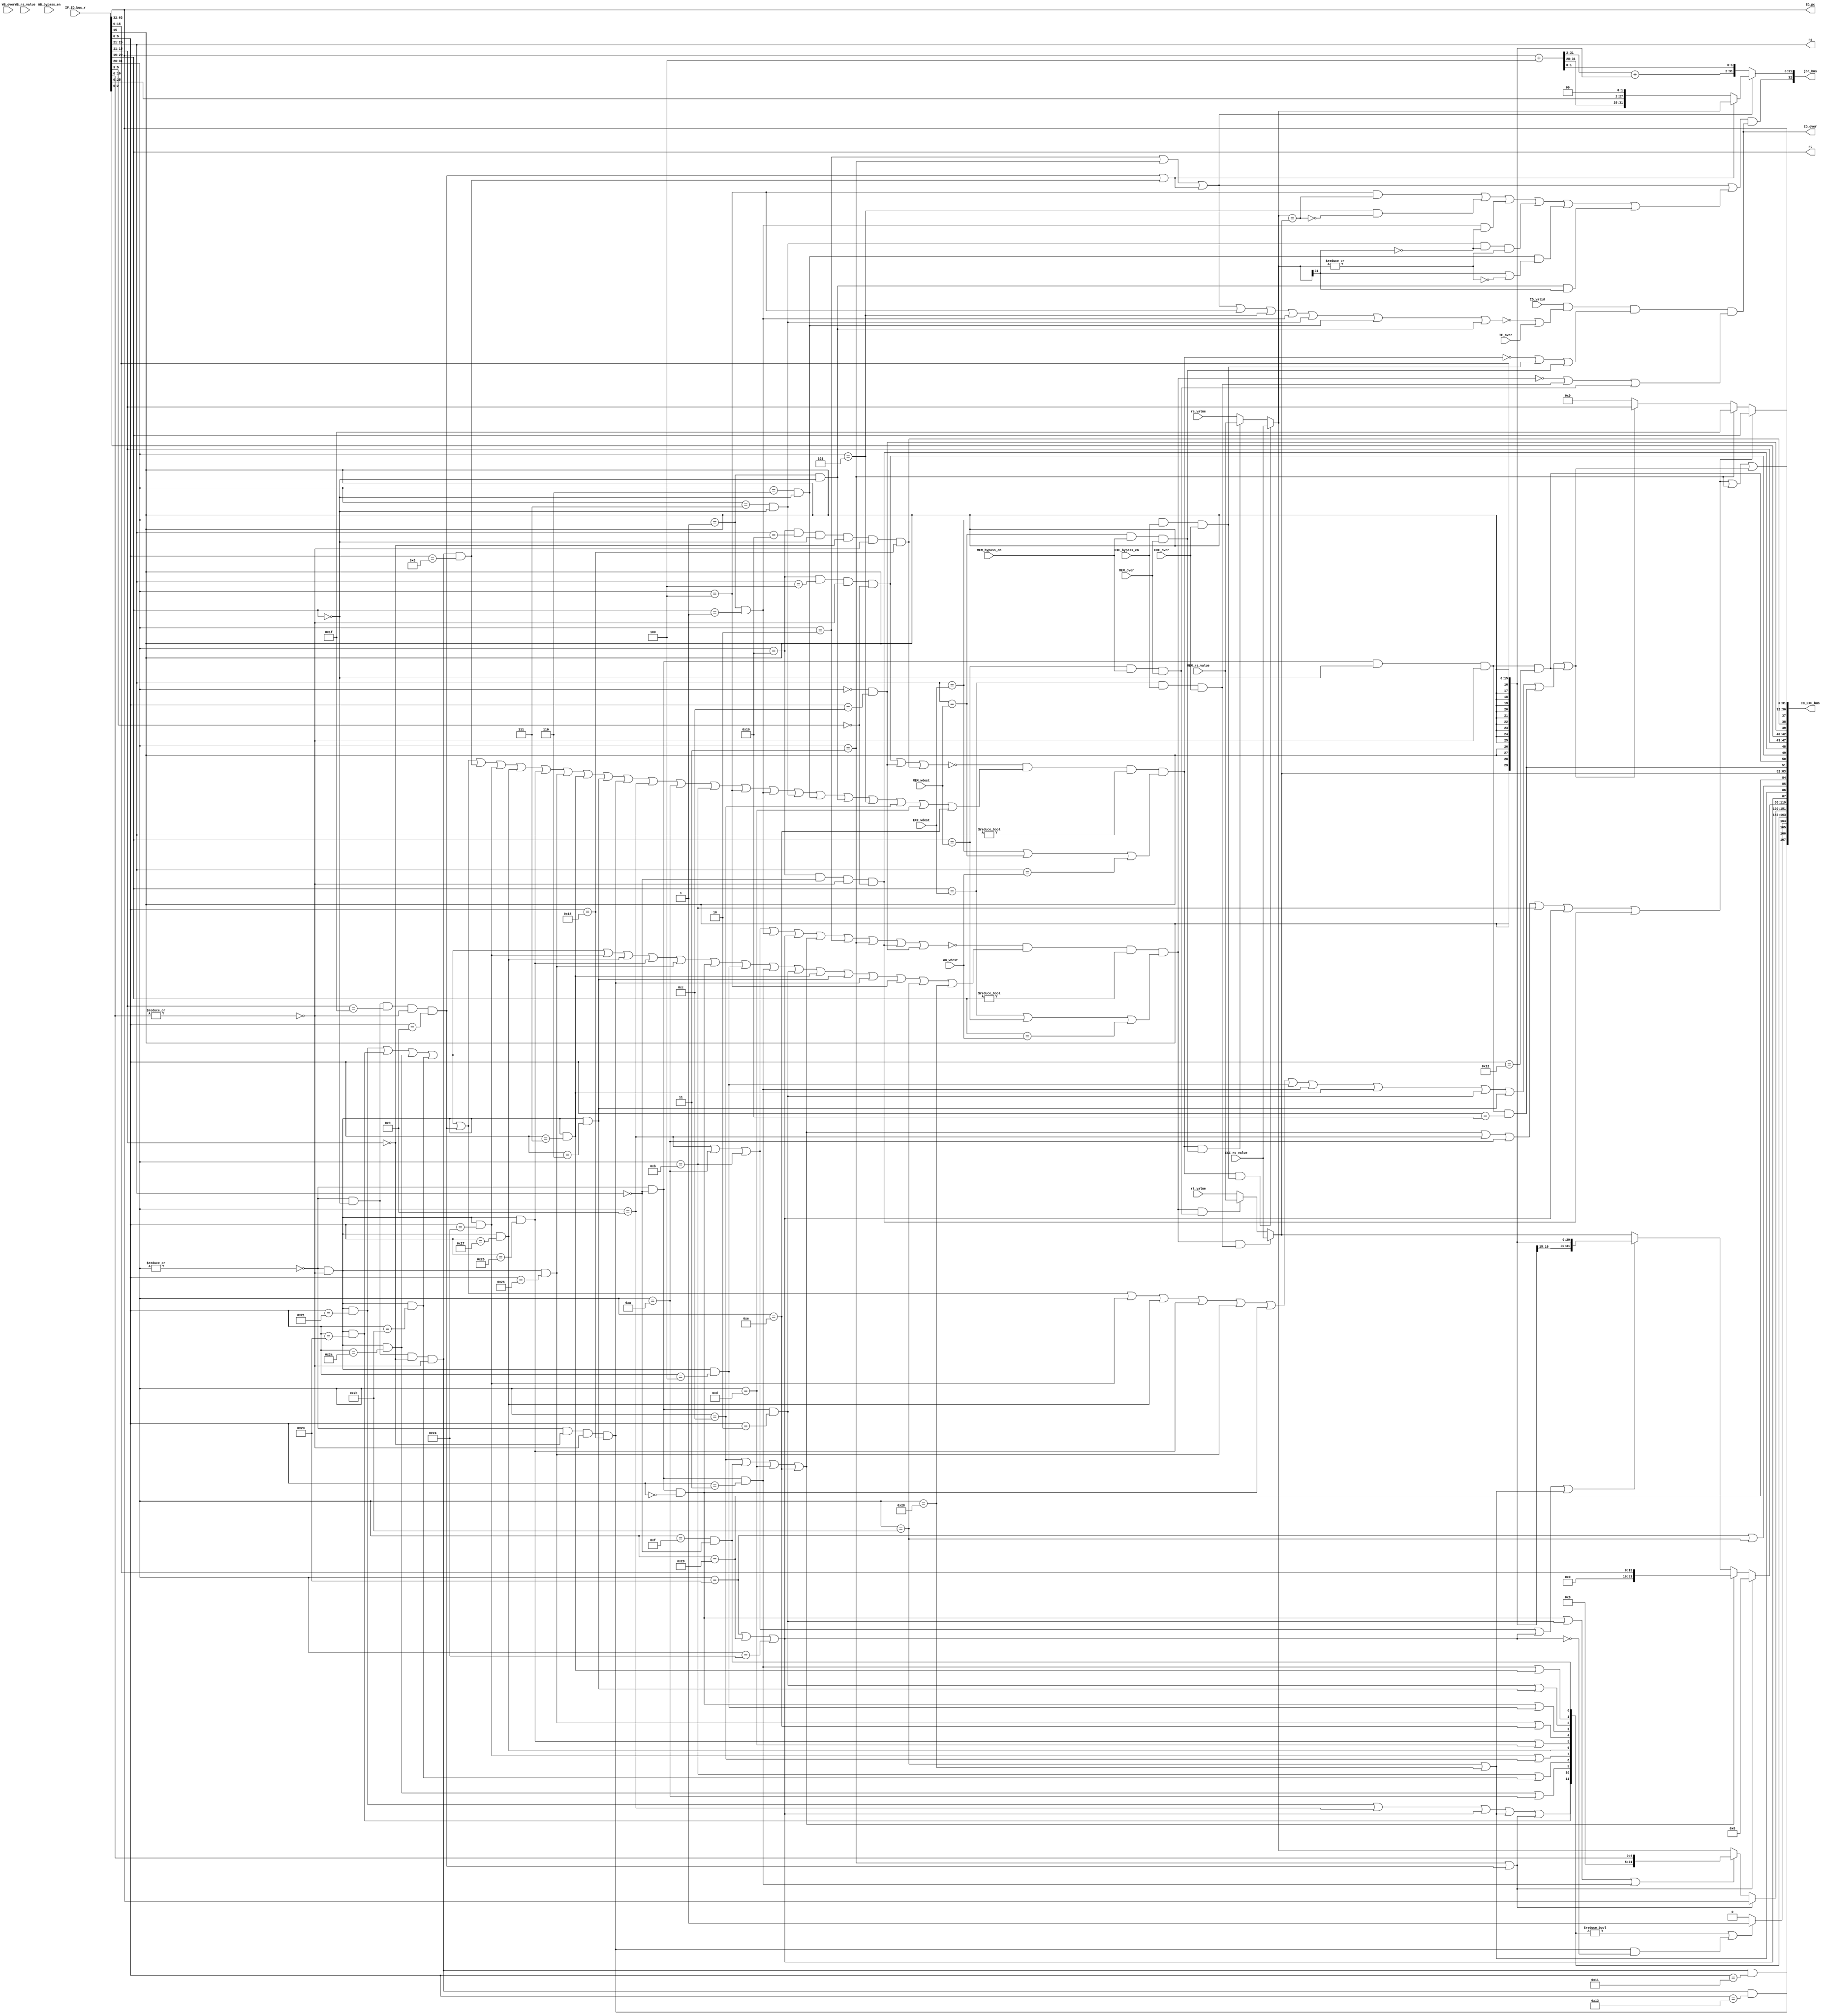
`timescale 1ns / 1ps
//*************************************************************************
//   > : ID.v
//   >   :CPU
//   >   : TernenceCao
//   >   : 2021-06-12
//*************************************************************************
module decode(                      // 
    input              ID_valid,    // 
    input      [ 63:0] IF_ID_bus_r, // IF->ID
    input      [ 31:0] rs_value,    // 
    input      [ 31:0] rt_value,    // 
    output     [  4:0] rs,          //  
    output     [  4:0] rt,          // 
    output     [ 32:0] jbr_bus,     // 
   // output             inst_jbr,    // ,
    output             ID_over,     // ID
    output     [167:0] ID_EXE_bus,  // ID->EXE
    
    //5
     input              IF_over,     //
    input      [  4:0] EXE_wdest,   // EXE
    input      [  4:0] MEM_wdest,   // MEM
    input      [  4:0] WB_wdest,    // WB
    
    //
    input              EXE_over,        //EXE
    input              MEM_over,        //MEM
    input              WB_over,         //WB
    input      [ 31:0] EXE_rs_value,    //EXX
    input      [ 31:0] MEM_rs_value,    //MEM
    input      [ 31:0]  WB_rs_value,    //WB
    input              EXE_bypass_en,   //EXE
    input              MEM_bypass_en,   //MEM
    input               WB_bypass_en,   //WB
    
    //PC
    output     [ 31:0] ID_pc
);
//-----{IF->ID}begin
    wire [31:0] pc;
    wire [31:0] inst;
    assign {pc, inst} = IF_ID_bus_r;  // IF->IDPC
//-----{IF->ID}end

    wire [31:0] new_rs_value;
    wire [31:0] new_rt_value;

//-----{}begin
    wire [5:0] op;       //[31:26]op
    wire [4:0] rd;       //[15:11]R
    wire [4:0] sa;      //[10:6]R
    wire [5:0] funct;    //[5:0]R
    wire [15:0] imm;     //[15:0]I
    wire [15:0] offset;  //[15:0]I
    wire [25:0] target;  //[25:0]J
    wire [2:0] cp0r_sel; //

    assign op     = inst[31:26];  // 
    assign rs     = inst[25:21];  // 1
    assign rt     = inst[20:16];  // 2
    assign rd     = inst[15:11];  // 
    assign sa     = inst[10:6];   // 
    assign funct  = inst[5:0];    // 
    assign imm    = inst[15:0];   // 
    assign offset = inst[15:0];   // 
    assign target = inst[25:0];   // 
    assign cp0r_sel= inst[2:0];   // cp0select

    // 
    wire inst_ADDU, inst_SUBU , inst_SLT , inst_AND;
    wire inst_NOR , inst_OR   , inst_XOR , inst_SLL;
    wire inst_SRL , inst_ADDIU, inst_BEQ , inst_BNE;
    wire inst_LW  , inst_SW   , inst_LUI , inst_J;
    wire inst_SLTU, inst_JALR , inst_JR  , inst_SLLV;
    wire inst_SRA , inst_SRAV , inst_SRLV, inst_SLTIU;
    wire inst_SLTI, inst_BGEZ , inst_BGTZ, inst_BLEZ;
    wire inst_BLTZ, inst_LB   , inst_LBU , inst_SB;
    wire inst_ANDI, inst_ORI  , inst_XORI, inst_JAL;
    wire inst_MULT, inst_MFLO , inst_MFHI, inst_MTLO;
    wire inst_MTHI, inst_MFC0 , inst_MTC0;
    wire inst_ERET, inst_SYSCALL;
    wire op_zero;  // 0
    wire sa_zero;  // sa0
    assign op_zero = ~(|op);
    assign sa_zero = ~(|sa);
    assign inst_ADDU  = op_zero & sa_zero    & (funct == 6'b100001);//
    assign inst_SUBU  = op_zero & sa_zero    & (funct == 6'b100011);//
    assign inst_SLT   = op_zero & sa_zero    & (funct == 6'b101010);//
    assign inst_SLTU  = op_zero & sa_zero    & (funct == 6'b101011);//
    assign inst_JALR  = op_zero & (rt==5'd0) & (rd==5'd31)
                      & sa_zero & (funct == 6'b001001);         //rd == 31
    assign inst_JR    = op_zero & (rt==5'd0) & (rd==5'd0 )
                      & sa_zero & (funct == 6'b001000);             //
    assign inst_AND   = op_zero & sa_zero    & (funct == 6'b100100);//
    assign inst_NOR   = op_zero & sa_zero    & (funct == 6'b100111);//
    assign inst_OR    = op_zero & sa_zero    & (funct == 6'b100101);//
    assign inst_XOR   = op_zero & sa_zero    & (funct == 6'b100110);//
    assign inst_SLL   = op_zero & (rs==5'd0) & (funct == 6'b000000);//
    assign inst_SLLV  = op_zero & sa_zero    & (funct == 6'b000100);//
    assign inst_SRA   = op_zero & (rs==5'd0) & (funct == 6'b000011);//
    assign inst_SRAV  = op_zero & sa_zero    & (funct == 6'b000111);//
    assign inst_SRL   = op_zero & (rs==5'd0) & (funct == 6'b000010);//
    assign inst_SRLV  = op_zero & sa_zero    & (funct == 6'b000110);//
    assign inst_MULT  = op_zero & (rd==5'd0)
                      & sa_zero & (funct == 6'b011000);             //
    assign inst_MFLO  = op_zero & (rs==5'd0) & (rt==5'd0)
                      & sa_zero & (funct == 6'b010010);             //LO
    assign inst_MFHI  = op_zero & (rs==5'd0) & (rt==5'd0)
                      & sa_zero & (funct == 6'b010000);             //HI
    assign inst_MTLO  = op_zero & (rt==5'd0) & (rd==5'd0)
                      & sa_zero & (funct == 6'b010011);             //LO
    assign inst_MTHI  = op_zero & (rt==5'd0) & (rd==5'd0)
                      & sa_zero & (funct == 6'b010001);             //HI
    assign inst_ADDIU = (op == 6'b001001);             //
    assign inst_SLTI  = (op == 6'b001010);             //
    assign inst_SLTIU = (op == 6'b001011);             //
    assign inst_BEQ   = (op == 6'b000100);             //
    assign inst_BGEZ  = (op == 6'b000001) & (rt==5'd1);//0
    assign inst_BGTZ  = (op == 6'b000111) & (rt==5'd0);//0
    assign inst_BLEZ  = (op == 6'b000110) & (rt==5'd0);//0
    assign inst_BLTZ  = (op == 6'b000001) & (rt==5'd0);//0
    assign inst_BNE   = (op == 6'b000101);             //
    assign inst_LW    = (op == 6'b100011);             //
    assign inst_SW    = (op == 6'b101011);             //
    assign inst_LB    = (op == 6'b100000);             //load
    assign inst_LBU   = (op == 6'b100100);             //load
    assign inst_SB    = (op == 6'b101000);             //
    assign inst_ANDI  = (op == 6'b001100);             //
    assign inst_LUI   = (op == 6'b001111) & (rs==5'd0);//
    assign inst_ORI   = (op == 6'b001101);             //
    assign inst_XORI  = (op == 6'b001110);             //
    assign inst_J     = (op == 6'b000010);             //
    assign inst_JAL   = (op == 6'b000011);             //
    assign inst_MFC0    = (op == 6'b010000) & (rs==5'd0) 
                        & sa_zero & (funct[5:3] == 3'b000); // cp0
    assign inst_MTC0    = (op == 6'b010000) & (rs==5'd4)
                        & sa_zero & (funct[5:3] == 3'b000); // cp0
    assign inst_SYSCALL = (op == 6'b000000) & (funct == 6'b001100); // 
    assign inst_ERET    = (op == 6'b010000) & (rs==5'd16) & (rt==5'd0)
                        & (rd==5'd0) & sa_zero & (funct == 6'b011000);//
    
    //
    wire inst_jr;    //
    wire inst_j_link;//
    wire inst_jbr;   //
    assign inst_jr     = inst_JALR | inst_JR;
    assign inst_j_link = inst_JAL | inst_JALR;
    assign inst_jbr = inst_J    | inst_JAL  | inst_jr
                    | inst_BEQ  | inst_BNE  | inst_BGEZ
                    | inst_BGTZ | inst_BLEZ | inst_BLTZ;
        
    //load store
    wire inst_load;
    wire inst_store;
    assign inst_load  = inst_LW | inst_LB | inst_LBU;  // load
    assign inst_store = inst_SW | inst_SB;             // store
    
    //alu
    wire inst_add, inst_sub, inst_slt,inst_sltu;
    wire inst_and, inst_nor, inst_or, inst_xor;
    wire inst_sll, inst_srl, inst_sra,inst_lui;
    assign inst_add = inst_ADDU | inst_ADDIU | inst_load
                    | inst_store | inst_j_link;            // 
    assign inst_sub = inst_SUBU;                           // 
    assign inst_slt = inst_SLT | inst_SLTI;                // 
    assign inst_sltu= inst_SLTIU | inst_SLTU;              // 
    assign inst_and = inst_AND | inst_ANDI;                // 
    assign inst_nor = inst_NOR;                            // 
    assign inst_or  = inst_OR  | inst_ORI;                 // 
    assign inst_xor = inst_XOR | inst_XORI;                // 
    assign inst_sll = inst_SLL | inst_SLLV;                // 
    assign inst_srl = inst_SRL | inst_SRLV;                // 
    assign inst_sra = inst_SRA | inst_SRAV;                // 
    assign inst_lui = inst_LUI;                            // 
    
    //sa
    wire inst_shf_sa;
    assign inst_shf_sa =  inst_SLL | inst_SRL | inst_SRA;
    
    //
    wire inst_imm_zero; //0
    wire inst_imm_sign; //
    assign inst_imm_zero = inst_ANDI  | inst_LUI  | inst_ORI | inst_XORI;
    assign inst_imm_sign = inst_ADDIU | inst_SLTI | inst_SLTIU
                         | inst_load | inst_store;
    
    //
    wire inst_wdest_rt;  // rt
    wire inst_wdest_31;  // 31
    wire inst_wdest_rd;  // rd
    assign inst_wdest_rt = inst_imm_zero | inst_ADDIU | inst_SLTI
                         | inst_SLTIU | inst_load | inst_MFC0;
    assign inst_wdest_31 = inst_JAL;
    assign inst_wdest_rd = inst_ADDU | inst_SUBU | inst_SLT  | inst_SLTU
                         | inst_JALR | inst_AND  | inst_NOR  | inst_OR 
                            | inst_XOR  | inst_SLL  | inst_SLLV | inst_SRA 
                         | inst_SRAV | inst_SRL  | inst_SRLV
                         | inst_MFHI | inst_MFLO;
                         
    //
    wire inst_no_rs;  //rs0rs
    wire inst_no_rt;  //rt0rt
    assign inst_no_rs = inst_MTC0 | inst_SYSCALL | inst_ERET;
    assign inst_no_rt = inst_ADDIU | inst_SLTI | inst_SLTIU
                      | inst_BGEZ  | inst_load | inst_imm_zero
                      | inst_J     | inst_JAL  | inst_MFC0
                      | inst_SYSCALL;
//-----{}end

//{rs, rt}begin
    wire inst_rs_is_rdest;
    wire inst_rt_is_rdest;
    
    assign inst_rs_is_rdest = inst_ADDU | inst_SUBU | inst_SLT | inst_SLTU | inst_JALR | inst_JR 
                              | inst_AND | inst_NOR | inst_OR | inst_XOR | inst_SRAV | inst_SRLV | inst_MULT
                              | inst_ADDIU | inst_SLTI | inst_SLTIU | inst_BEQ | inst_BGEZ | inst_BGTZ | inst_BLEZ
                              | inst_BLTZ | inst_BNE | inst_ANDI | inst_ORI | inst_XORI;
    assign inst_rt_is_rdest = inst_ADDU | inst_SUBU | inst_SLT | inst_SLTU | inst_AND | inst_NOR | inst_OR | inst_XOR
                              | inst_SLL | inst_SLLV | inst_SRA | inst_SRL | inst_SRAV | inst_SRLV | inst_MULT
                              | inst_BEQ | inst_SW | inst_SB;

//{rs, rt}end


//-----{}begin
   //bd_pc,PCPC+4
    wire [31:0] bd_pc;   //PC
    assign bd_pc = pc + 3'b100;
    
    //
    wire        j_taken;
    wire [31:0] j_target;
    assign j_taken = inst_J | inst_JAL | inst_jr;
    //rs_value,{bd_pc[31:28],target,2'b00}
    assign j_target = inst_jr ? new_rs_value : {bd_pc[31:28],target,2'b00};

    //branch
    wire rs_equql_rt;
    wire rs_ez;
    wire rs_ltz;
    assign rs_equql_rt = (new_rs_value == new_rt_value);  // GPR[rs]==GPR[rt]
    assign rs_ez       = ~(|new_rs_value);            // rs0
    assign rs_ltz      = new_rs_value[31];            // rs0
    wire br_taken;
    wire [31:0] br_target;
    assign br_taken = inst_BEQ  & rs_equql_rt       // 
                    | inst_BNE  & ~rs_equql_rt      // 
                    | inst_BGEZ & ~rs_ltz           // 0
                    | inst_BGTZ & ~rs_ltz & ~rs_ez  // 0
                    | inst_BLEZ & (rs_ltz | rs_ez)  // 0
                    | inst_BLTZ & rs_ltz;           // 0
    // PC=PC+offset<<2
    assign br_target[31:2] = bd_pc[31:2] + {{14{offset[15]}}, offset};  
    assign br_target[1:0]  = bd_pc[1:0];
    
    //jump and branch
    wire jbr_taken;
    wire [31:0] jbr_target;
    assign jbr_taken = (j_taken | br_taken) & ID_over; 
    assign jbr_target = j_taken ? j_target : br_target;
    
    //IDIF
    assign jbr_bus = {jbr_taken, jbr_target};
//-----{}end

//-----{ID}begin
    //
    wire rs_wait;
    wire rt_wait;
    assign rs_wait = ~inst_no_rs & inst_rs_is_rdest & (rs!=5'd0)
                   & ( (rs==EXE_wdest) | (rs==MEM_wdest) | (rs==WB_wdest) );
    assign rt_wait = ~inst_no_rt & inst_rt_is_rdest & (rt!=5'd0)
                   & ( (rt==EXE_wdest) | (rt==MEM_wdest) | (rt==WB_wdest) );
                   
    assign new_rs_value = (rs_wait & ((rs == EXE_wdest) & EXE_bypass_en & EXE_over)) ? EXE_rs_value : 
                          (rs_wait & ((rs == MEM_wdest) & MEM_bypass_en & MEM_over)) ? MEM_rs_value :
                        //  (rs_wait & ((rs == WB_wdest) & WB_bypass_en & WB_over)) ? WB_rs_value :
                          rs_value;
    assign new_rt_value = (rt_wait & ((rt == EXE_wdest) & EXE_bypass_en & EXE_over)) ? EXE_rs_value :
                          (rt_wait & ((rt == MEM_wdest) & MEM_bypass_en & MEM_over)) ? MEM_rs_value :
                        //  (rt_wait & ((rt == WB_wdest) & WB_bypass_en & WB_over)) ? WB_rs_value :
                          rt_value;
    
    //IFID
    //IDIFnext_pcPC
    //IFnext_pcPCjbr_bus
    //
    //(~inst_jbr | IF_over)(~inst_jbr | (inst_jbr & IF_over))
    assign ID_over = ID_valid  & (~inst_jbr | IF_over) 
                     & (~rs_wait | ((rs == EXE_wdest) & EXE_bypass_en & EXE_over) | ((rs == MEM_wdest) & MEM_bypass_en & MEM_over) ) 
                     & (~rt_wait | ((rt == EXE_wdest) & EXE_bypass_en & EXE_over) | ((rt == MEM_wdest) & MEM_bypass_en & MEM_over) );
//-----{ID}end

//-----{ID->EXE}begin
    //EXE
    wire multiply;         //MULT
    wire mthi;             //MTHI
    wire mtlo;             //MTLO
    assign multiply = inst_MULT;
    assign mthi     = inst_MTHI;
    assign mtlo     = inst_MTLO;
    //ALU
    wire [11:0] alu_control;
    wire [31:0] alu_operand1;
    wire [31:0] alu_operand2;
    
    //PC31
    //CPUPC+831
    assign alu_operand1 = inst_j_link ? pc : 
                          inst_shf_sa ? {27'd0,sa} : new_rs_value;
    assign alu_operand2 = inst_j_link ? 32'd8 :  
                          inst_imm_zero ? {16'd0, imm} :
                          inst_imm_sign ?  {{16{imm[15]}}, imm} : new_rt_value;
    assign alu_control = {inst_add,        // ALU
                          inst_sub,
                          inst_slt,
                          inst_sltu,
                          inst_and,
                          inst_nor,
                          inst_or, 
                          inst_xor,
                          inst_sll,
                          inst_srl,
                          inst_sra,
                          inst_lui};
    //load/store
    wire lb_sign;  //loadload
    wire ls_word;  //load/store,0:byte;1:word
    wire [3:0] mem_control;  //MEM
    wire [31:0] store_data;  //store
    assign lb_sign = inst_LB;
    assign ls_word = inst_LW | inst_SW;
    assign mem_control = {inst_load,
                          inst_store,
                          ls_word,
                          lb_sign };
                          
    //
    wire mfhi;      //HIrd
    wire mflo;      //LOrd
    wire mtc0;      //C0Rt
    wire mfc0;      //RtC0
    wire [7 :0] cp0r_addr;
    wire       syscall;   //syscalleret 
    wire       eret;
    wire       rf_wen;    //
    wire [4:0] rf_wdest;  //
    wire data_related_en;
    
    assign syscall  = inst_SYSCALL;
    assign eret     = inst_ERET;
    assign mfhi     = inst_MFHI;
    assign mflo     = inst_MFLO;
    assign mtc0     = inst_MTC0;
    assign mfc0     = inst_MFC0;
    assign cp0r_addr= {rd,cp0r_sel};
    assign rf_wen   = inst_wdest_rt | inst_wdest_31 | inst_wdest_rd;
    assign rf_wdest = inst_wdest_rt ? rt :     //0
                      inst_wdest_31 ? 5'd31 :  //
                      inst_wdest_rd ? rd : 5'd0;
    assign store_data = new_rt_value;
    assign data_related_en = (alu_control!=13'd0 ) | (inst_MULT & (!inst_load)) ? 1'b1 : 1'b0;
    assign ID_EXE_bus = {multiply,mthi,mtlo,                   //EXE,
                         data_related_en,                      //
                         alu_control,alu_operand1,alu_operand2,//EXE
                         mem_control,store_data,               //MEM
                         mfhi,mflo,                            //WB,
                         mtc0,mfc0,cp0r_addr,syscall,eret,     //WB,
                         rf_wen, rf_wdest,                     //WB
                         pc};                                  //PC
//-----{ID->EXE}end

//-----{IDPC}begin
    assign ID_pc = pc;
//-----{IDPC}end
endmodule